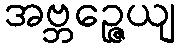
အဗ္ဘဉ္ဇေယျ